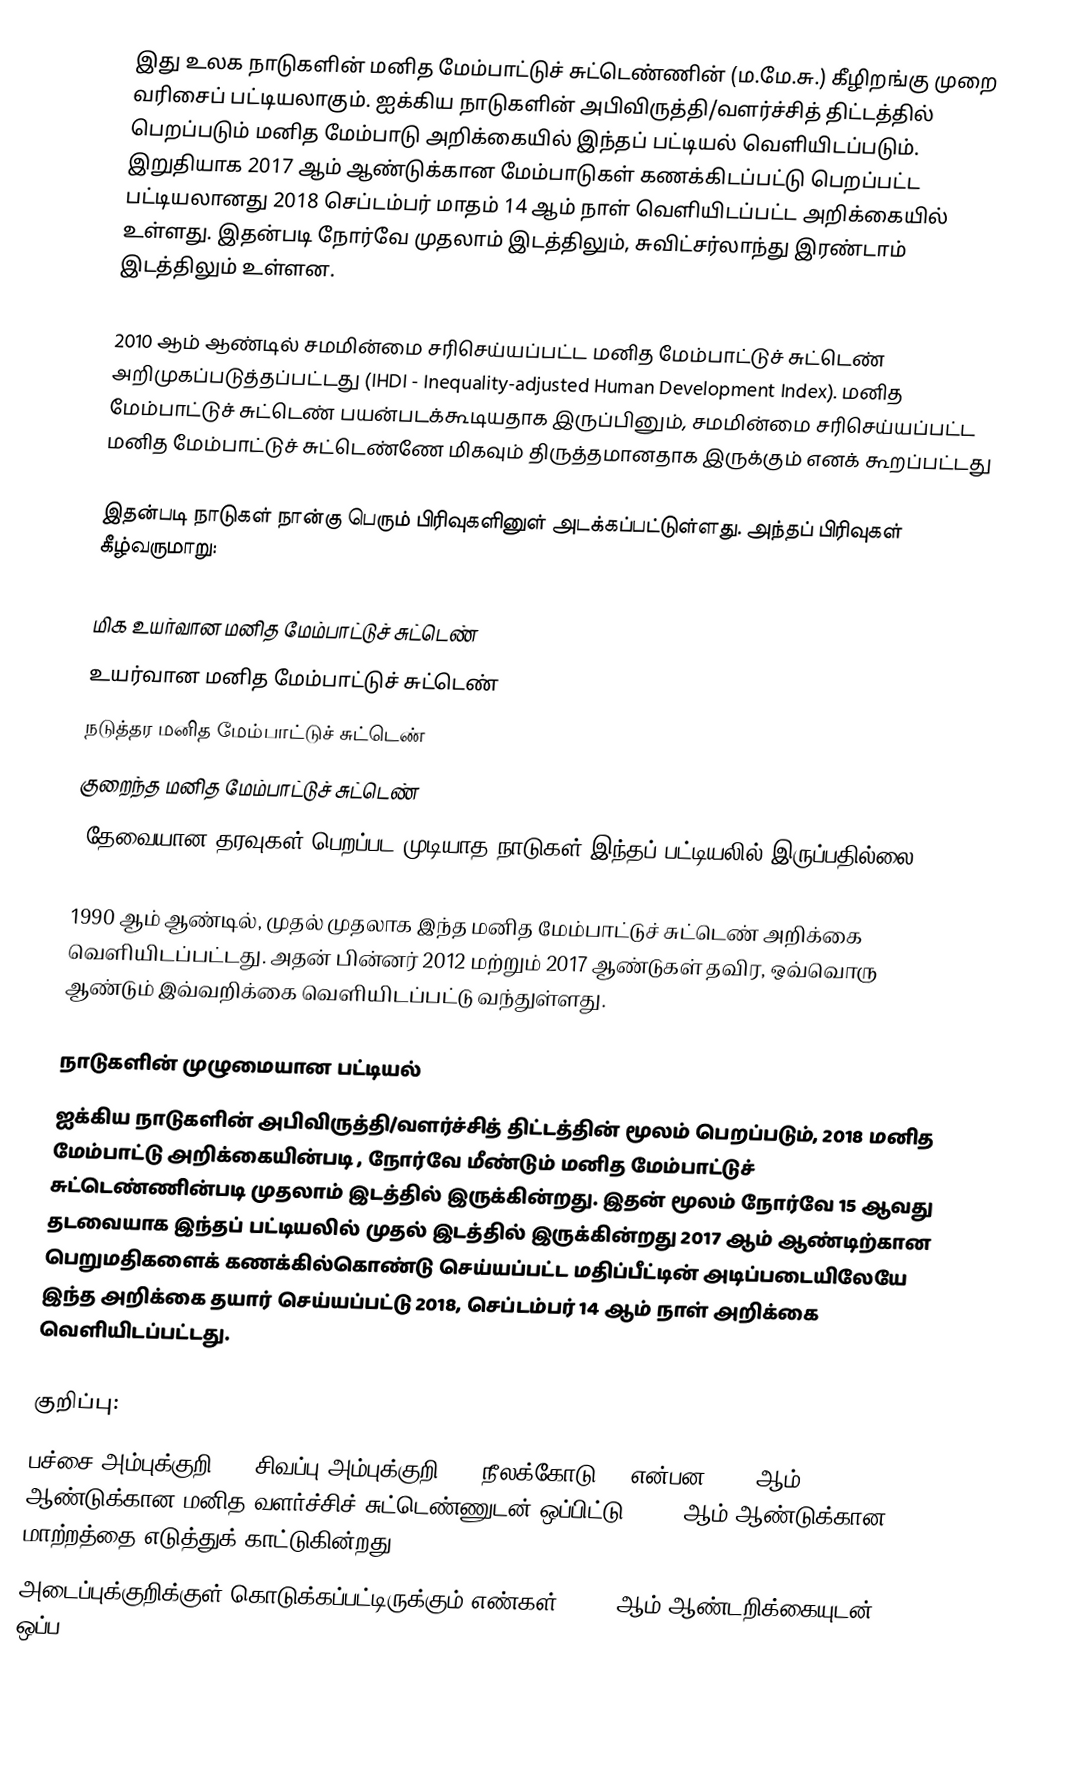
இது உலக நாடுகளின் மனித மேம்பாட்டுச் சுட்டெண்ணின் (ம.மே.சு.) கீழிறங்கு முறை வரிசைப் பட்டியலாகும். ஐக்கிய நாடுகளின் அபிவிருத்தி/வளர்ச்சித் திட்டத்தில் பெறப்படும் மனித மேம்பாடு அறிக்கையில்  இந்தப் பட்டியல் வெளியிடப்படும். இறுதியாக 2017 ஆம் ஆண்டுக்கான மேம்பாடுகள் கணக்கிடப்பட்டு பெறப்பட்ட பட்டியலானது 2018 செப்டம்பர் மாதம் 14 ஆம் நாள் வெளியிடப்பட்ட அறிக்கையில் உள்ளது. இதன்படி நோர்வே முதலாம் இடத்திலும், சுவிட்சர்லாந்து இரண்டாம் இடத்திலும் உள்ளன.

2010 ஆம் ஆண்டில் சமமின்மை சரிசெய்யப்பட்ட மனித மேம்பாட்டுச் சுட்டெண் அறிமுகப்படுத்தப்பட்டது (IHDI - Inequality-adjusted Human Development Index). மனித மேம்பாட்டுச் சுட்டெண் பயன்படக்கூடியதாக இருப்பினும், சமமின்மை சரிசெய்யப்பட்ட மனித மேம்பாட்டுச் சுட்டெண்ணே மிகவும் திருத்தமானதாக இருக்கும் எனக் கூறப்பட்டது

இதன்படி நாடுகள் நான்கு பெரும் பிரிவுகளினுள் அடக்கப்பட்டுள்ளது. அந்தப் பிரிவுகள் கீழ்வருமாறு:

மிக உயர்வான மனித மேம்பாட்டுச் சுட்டெண்
உயர்வான மனித மேம்பாட்டுச் சுட்டெண்
நடுத்தர மனித மேம்பாட்டுச் சுட்டெண்
குறைந்த மனித மேம்பாட்டுச் சுட்டெண்
(தேவையான தரவுகள் பெறப்பட முடியாத நாடுகள் இந்தப் பட்டியலில் இருப்பதில்லை).

1990 ஆம் ஆண்டில், முதல் முதலாக இந்த மனித மேம்பாட்டுச் சுட்டெண் அறிக்கை வெளியிடப்பட்டது. அதன் பின்னர் 2012 மற்றும் 2017 ஆண்டுகள் தவிர, ஒவ்வொரு ஆண்டும் இவ்வறிக்கை வெளியிடப்பட்டு வந்துள்ளது.

நாடுகளின் முழுமையான பட்டியல்
ஐக்கிய நாடுகளின் அபிவிருத்தி/வளர்ச்சித் திட்டத்தின்  மூலம் பெறப்படும், 2018 மனித மேம்பாட்டு அறிக்கையின்படி , நோர்வே மீண்டும் மனித மேம்பாட்டுச் சுட்டெண்ணின்படி முதலாம் இடத்தில் இருக்கின்றது. இதன் மூலம் நோர்வே 15 ஆவது தடவையாக இந்தப் பட்டியலில் முதல் இடத்தில் இருக்கின்றது 2017 ஆம் ஆண்டிற்கான பெறுமதிகளைக் கணக்கில்கொண்டு செய்யப்பட்ட மதிப்பீட்டின் அடிப்படையிலேயே இந்த அறிக்கை தயார் செய்யப்பட்டு 2018, செப்டம்பர் 14 ஆம் நாள் அறிக்கை வெளியிடப்பட்டது.

குறிப்பு:
பச்சை அம்புக்குறி (), சிவப்பு அம்புக்குறி (), நீலக்கோடு () என்பன 2016 ஆம் ஆண்டுக்கான மனித வளர்ச்சிச் சுட்டெண்ணுடன் ஒப்பிட்டு, 2018 ஆம் ஆண்டுக்கான மாற்றத்தை எடுத்துக் காட்டுகின்றது.
அடைப்புக்குறிக்குள் கொடுக்கப்பட்டிருக்கும் எண்கள், 2016 ஆம் ஆண்டறிக்கையுடன் ஒப்ப